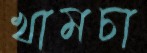
খামচা